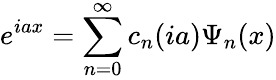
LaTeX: e^{iax}=\sum_{n=0}^{\infty}c_{n}(ia)\Psi_{n}(x)